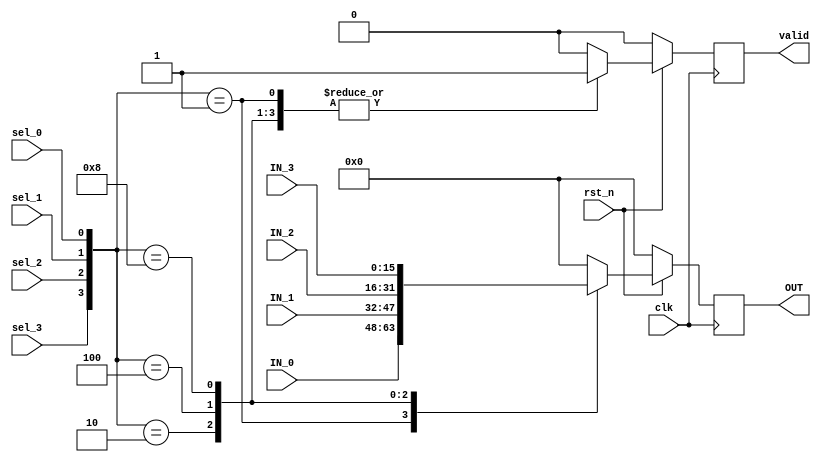
//16bit
module MUX_4_1 #(
parameter DW = 16
)(
input wire rst_n,
input wire clk, //
input wire sel_0,
input wire sel_1,
input wire sel_2,
input wire sel_3,
input wire [(DW - 1) : 0] IN_0,
input wire [(DW - 1) : 0] IN_1,
input wire [(DW - 1) : 0] IN_2,
input wire [(DW - 1) : 0] IN_3,
output reg [(DW - 1) : 0] OUT,
output reg valid
);

wire [3:0] sel;

assign sel = {sel_3,sel_2,sel_1,sel_0};

always @(posedge clk) begin
    if(rst_n == 1'b0)
        valid <= 1'b0;
    else begin
        case(sel)
        4'b0000 :
            valid <= 1'b0;
        4'b0001 :
            valid <= 1'b1;
        4'b0010 :
            valid <= 1'b1;
        4'b0100 :
            valid <= 1'b1;
        4'b1000 :
            valid <= 1'b1;
        default :
            valid <= 1'b0;
        endcase
    end
end

always @(posedge clk) begin
    if(rst_n == 1'b0)
        OUT <= 'd0;
    else begin
        case(sel)
        4'b0001 :
            OUT <= IN_0;
        4'b0010 :
            OUT <= IN_1;
        4'b0100 :
            OUT <= IN_2;
        4'b1000 :
            OUT <= IN_3;
        default :
            OUT <= 'd0;
        endcase
    end
end

endmodule